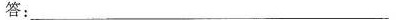
答：________